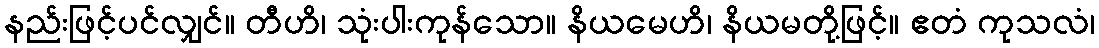
နည်းဖြင့်ပင်လျှင်။ တီဟိ၊ သုံးပါးကုန်သော။ နိယမေဟိ၊ နိယမတို့ဖြင့်။ ဧတံ ကုသလံ၊